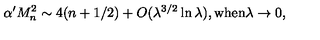
\alpha ^ { \prime } M _ { n } ^ { 2 } \sim 4 ( n + 1 / 2 ) + { O } ( \lambda ^ { 3 / 2 } \ln \lambda ) , \mathrm { w h e n } \lambda \rightarrow 0 ,